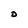
Character: D